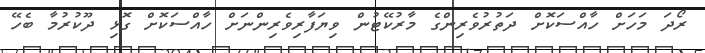
ރޯދަ މަހަށް ހާއްސަކޮށް ދަތުރުވެރިންގެ މާރުކޭޓުން ވިޔަފާރިވެރިންނަށް ހާއްސަކޮށް ގޮޅި ދޫކުރުމާ ބެހޭ